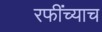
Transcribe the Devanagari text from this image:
रफींच्याच